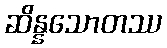
ဆိန္နသောတဿ